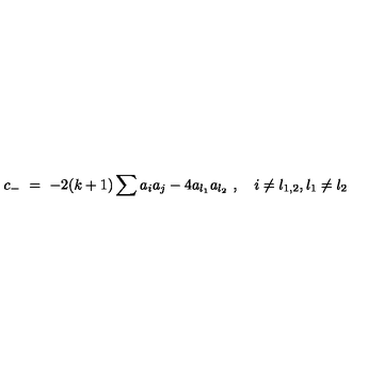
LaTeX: c _ { - } \ = \ - 2 ( k + 1 ) \sum a _ { i } a _ { j } - 4 a _ { l _ { 1 } } a _ { l _ { 2 } } \ , \quad i \ne l _ { 1 , 2 } , l _ { 1 } \ne l _ { 2 }